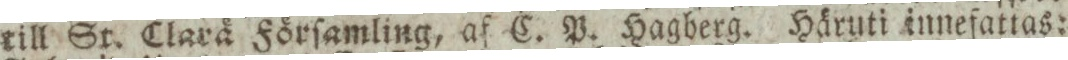
till St. Clarä Förſamling, af C. P. Hagberg. Häruti innefattas: